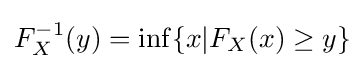
F_{X}^{-1}(y)=\mathrm {inf} \{x|F_{X}(x)\geq y\}